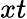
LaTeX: xt